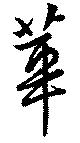
華